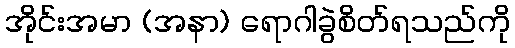
အိုင်းအမာ (အနာ) ရောဂါခွဲစိတ်ရသည်ကို